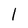
Character: l